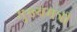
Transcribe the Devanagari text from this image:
मुख्यमत्री